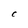
Character: C